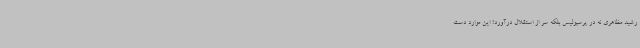
رشید مظاهری نه در پرسپولیس بلکه سر از استقلال درآورد! این موارد دست